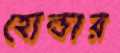
হোল্ডার